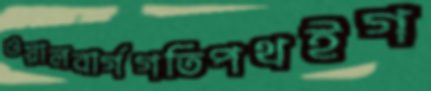
ওয়ালবার্গগতিপথইগ